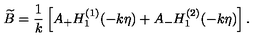
\widetilde { B } = { \frac { 1 } { k } } \left[ A _ { + } H _ { 1 } ^ { ( 1 ) } ( - k \eta ) + A _ { - } H _ { 1 } ^ { ( 2 ) } ( - k \eta ) \right] .